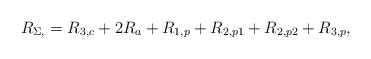
\begin{align*}R_{\Sigma,}&=R_{3,c}+2R_{a}+R_{1,p}+R_{2,p1}+R_{2,p2}+R_{3,p},\end{align*}